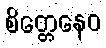
စိတ္တေနေဝ